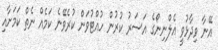
އޭނާ ވިދާޅުވީ އެލްނިނޯގެ އަސަރު ކުރުން ހުއްޓުވަން ކުރެވޭނެ ކަމެއް ނެތް ކަމަށާއި